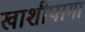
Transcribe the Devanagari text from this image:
खाशीपागा